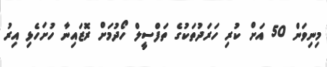
މިނިވަން 50 އަށް ކުރި ހަރަދުތަކުގެ ތަފްސީލް ހޯދުމަށް ރޮޒައިނާ ހުށަހެޅި އިރު